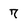
Character: 7